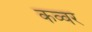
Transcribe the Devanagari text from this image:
कव्वर